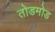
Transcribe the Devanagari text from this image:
तोडमोड